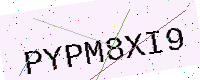
Text: PYPM8XI9